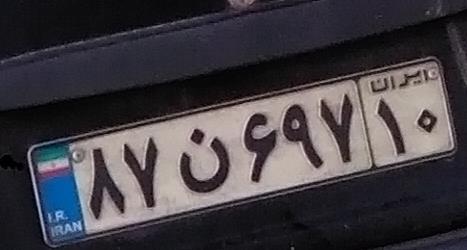
۸۷ن۶۹۷۱۰